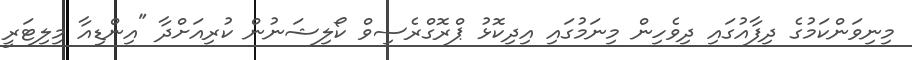
މިނިވަންކަމުގެ ދިފާއުގައި ދިވެހިން މިނަމުގައި އިދިކޮޅު ޕްރޮގްރެސިވް ކޯލިޝަނުން ކުރިއަށްދާ "އިންޑިއާ މިލިޓަރީ